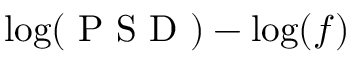
\log ( \mathrm { ~ P ~ S ~ D ~ } ) - \log ( f )